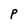
Character: P